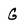
Character: G